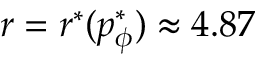
r = r ^ { * } ( p _ { \phi } ^ { * } ) \approx 4 . 8 7